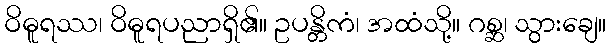
ဝိဓူရဿ၊ ဝိဓူရပညာရှိ၏။ ဥပန္တိကံ၊ အထံသို့။ ဂစ္ဆ၊ သွားချေ။